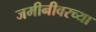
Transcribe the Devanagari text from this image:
जमीनीवरच्या